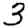
Digit: 3